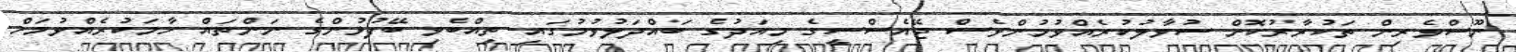
ނޫސްވެރިން ތަކުރާރުކޮށް ސުވާލުކުރެއްވުމުންވެސް ޖޭއެސްސީގެ މިއަދުގެ ބައްދަލުވުމުގައި ތިއްބެވި ބޭފުޅުންގެ ނަންތައް ހާމަކުރެއްވުމަށް